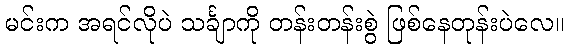
မင်းက အရင်လိုပဲ သင်္ချာကို တန်းတန်းစွဲ ဖြစ်နေတုန်းပဲလေ။